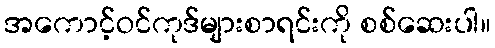
အကောင့်ဝင်ကုဒ်များစာရင်းကို စစ်ဆေးပါ။